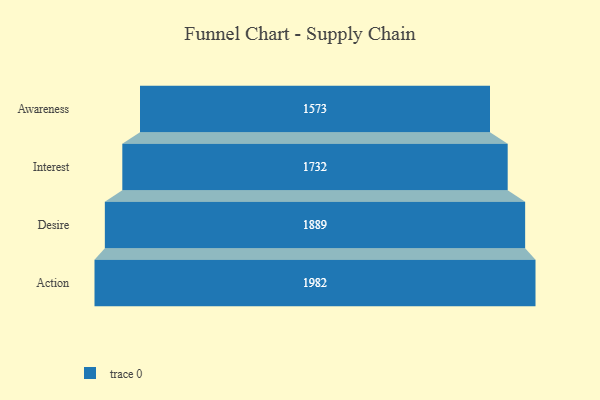
{"axis": {"x": "Stage", "y": "Value"}, "legend": [""], "data": [{"x": "Awareness", "y": 1573.0, "type": ""}, {"x": "Interest", "y": 1732.0, "type": ""}, {"x": "Desire", "y": 1889.0, "type": ""}, {"x": "Action", "y": 1982.0, "type": ""}]}